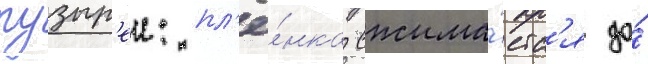
пузыр'еи: пл'ё́нка сжима́етс'я до́